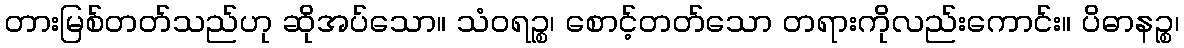
တားမြစ်တတ်သည်ဟု ဆိုအပ်သော။ သံဝရဉ္စ၊ စောင့်တတ်သော တရားကိုလည်းကောင်း။ ပိဓာနဉ္စ၊